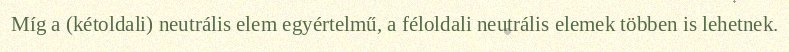
Míg a (kétoldali) neutrális elem egyértelmű, a féloldali neutrális elemek többen is lehetnek.